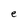
Character: e